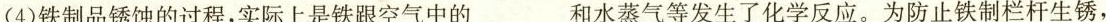
(4)铁制品锈蚀的过程，实际上是铁跟空气中的___和水蒸气等发生了化学反应。为防止铁制栏杆生锈，